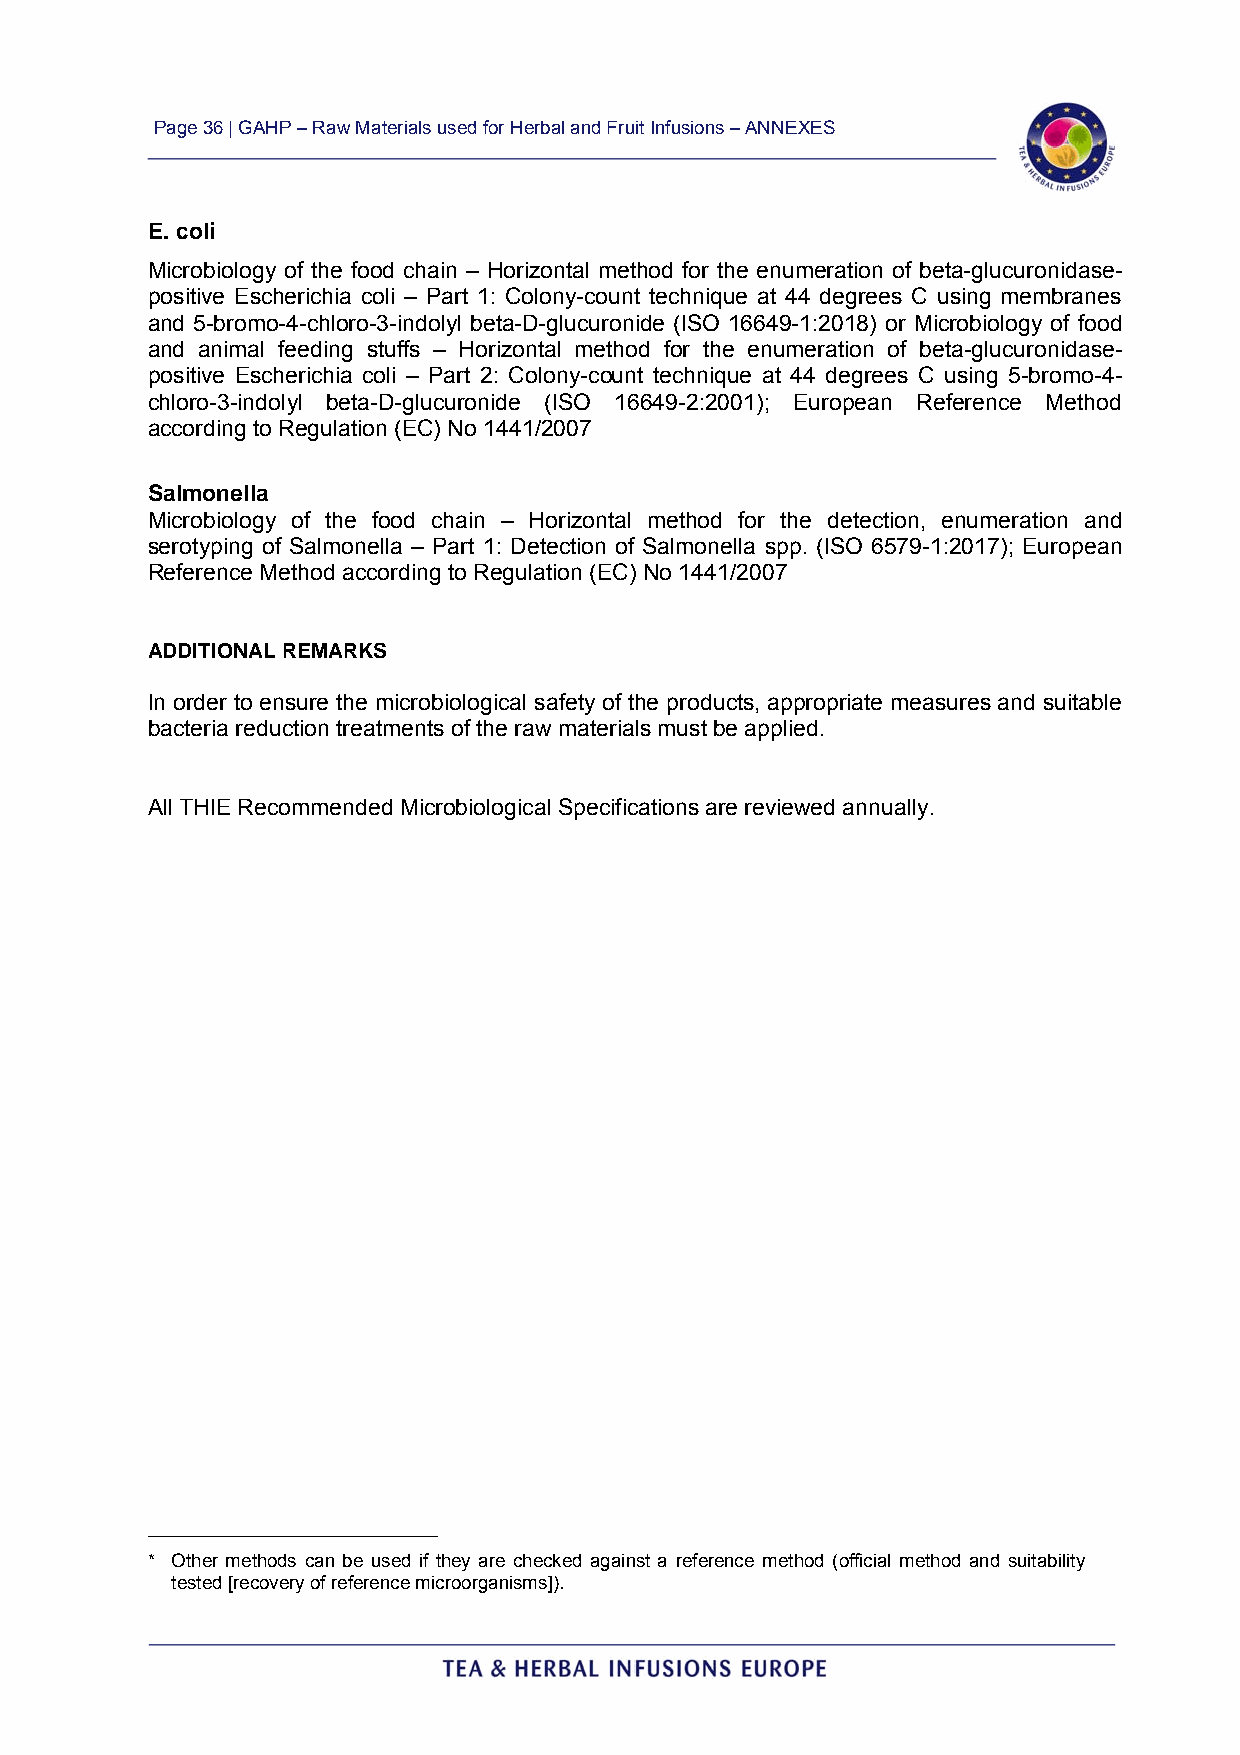
Page 36 | GAHP – Raw Materials used for Herbal and Fruit Infusions – ANNEXES
 E. coli
 Microbiology of the food chain – Horizontal method for the enumeration of beta-glucuronidase-
 positive Escherichia coli – Part 1: Colony-count technique at 44 degrees C using membranes
 and 5-bromo-4-chloro-3-indolyl beta-D-glucuronide (ISO 16649-1:2018) or Microbiology of food
 and animal feeding stuffs – Horizontal method for the enumeration of beta-glucuronidase-
 positive Escherichia coli – Part 2: Colony-count technique at 44 degrees C using 5-bromo-4-
 chloro-3-indolyl beta-D-glucuronide (ISO 16649-2:2001); European Reference Method
 according to Regulation (EC) No 1441/2007
 Salmonella
 Microbiology of the food chain – Horizontal method for the detection, enumeration and
 serotyping of Salmonella – Part 1: Detection of Salmonella spp. (ISO 6579-1:2017); European
 Reference Method according to Regulation (EC) No 1441/2007
 ADDITIONAL REMARKS
 In order to ensure the microbiological safety of the products, appropriate measures and suitable
 bacteria reduction treatments of the raw materials must be applied.
 All THIE Recommended Microbiological Specifications are reviewed annually.
 _________________________
 * Other methods can be used if they are checked against a reference method (official method and suitability
 tested [recovery of reference microorganisms]).